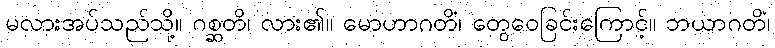
မလားအပ်သည်သို့။ ဂစ္ဆတိ၊ လား၏။ မောဟာဂတိံ၊ တွေဝေခြင်းကြောင့်။ ဘယာဂတိံ၊